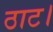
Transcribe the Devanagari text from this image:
ठाट।